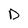
Character: D